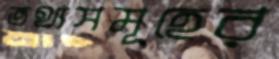
তথ্যসমূহের